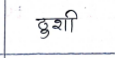
मजकूर: ठुशी